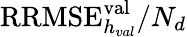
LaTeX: \mathrm{RRMSE}_{h_{val}}^{\mathrm{val}}/N_{d}